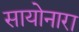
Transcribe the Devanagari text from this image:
सायोनारा